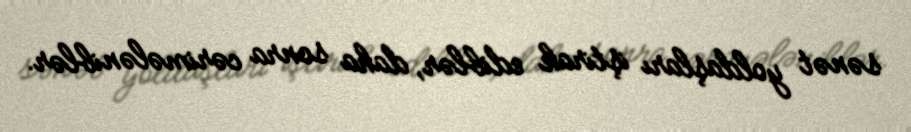
sənət yoldaşları iştirak ediblər, daha sonra cərimələniblər.